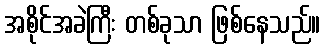
အစိုင်အခဲကြီး တစ်ခုသာ ဖြစ်နေသည်။